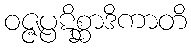
ဝဇ္ဇပ္ပဋိစ္ဆာဒိကာတိ